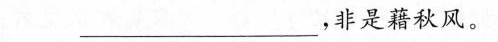
_____，非是藉秋风。